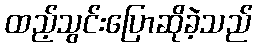
ထည့်သွင်းပြောဆိုခဲ့သည်